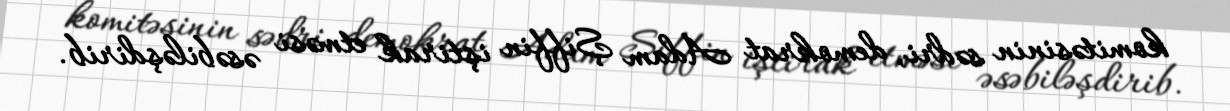
komitəsinin sədri, demokrat Adam Şiffin iştirak etməsi əsəbiləşdirib.